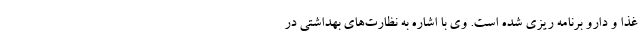
غذا و دارو برنامه ریزی شده است. وی با اشاره به نظارت‌های بهداشتی در